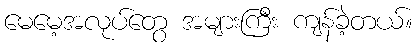
မေမေ့အလုပ်တွေ အများကြီး ကျန်ခဲ့တယ်။